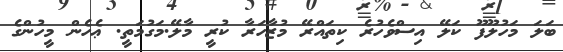
ބަލަ މަހުލޫފޫ ކަލޭ އިސްވެހުރެ ކިތައްރޭ މުޒާހަރާ ކުރީ މާލޭ.މަގުމަތީ. ޢެހެން މީހުންގެ